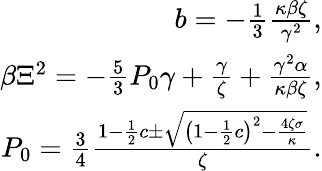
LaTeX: \begin{array}{r}{b=-\frac{1}{3}\frac{\kappa\beta\zeta}{\gamma^{2}},}\\ {\beta\Xi^{2}=-\frac{5}{3}P_{0}\gamma+\frac{\gamma}{\zeta}+\frac{\gamma^{2}\alpha}{\kappa\beta\zeta},}\\ {P_{0}=\frac{3}{4}\frac{1-\frac{1}{2}c\pm\sqrt{\left(1-\frac{1}{2}c\right)^{2}-\frac{4\zeta\sigma}{\kappa}}}{\zeta}.}\end{array}